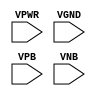
/**
 * Copyright 2020 The SkyWater PDK Authors
 *
 * Licensed under the Apache License, Version 2.0 (the "License");
 * you may not use this file except in compliance with the License.
 * You may obtain a copy of the License at
 *
 *     https://www.apache.org/licenses/LICENSE-2.0
 *
 * Unless required by applicable law or agreed to in writing, software
 * distributed under the License is distributed on an "AS IS" BASIS,
 * WITHOUT WARRANTIES OR CONDITIONS OF ANY KIND, either express or implied.
 * See the License for the specific language governing permissions and
 * limitations under the License.
 *
 * SPDX-License-Identifier: Apache-2.0
 */

`ifndef SKY130_FD_SC_LS__FILL_DIODE_PP_BLACKBOX_V
`define SKY130_FD_SC_LS__FILL_DIODE_PP_BLACKBOX_V

/**
 * fill_diode: Fill diode.
 *
 * Verilog stub definition (black box with power pins).
 *
 * WARNING: This file is autogenerated, do not modify directly!
 */

`timescale 1ns / 1ps
`default_nettype none

(* blackbox *)
module sky130_fd_sc_ls__fill_diode (
    VPWR,
    VGND,
    VPB ,
    VNB
);

    input VPWR;
    input VGND;
    input VPB ;
    input VNB ;
endmodule

`default_nettype wire
`endif  // SKY130_FD_SC_LS__FILL_DIODE_PP_BLACKBOX_V